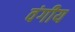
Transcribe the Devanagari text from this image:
वंगीय